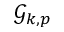
\mathcal { G } _ { k , p }